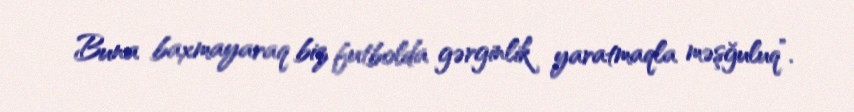
Buna baxmayaraq biz futbolda gərginlik yaratmaqla məşğuluq”.